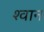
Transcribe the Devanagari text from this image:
श्‍वान